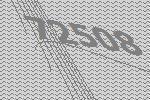
72508